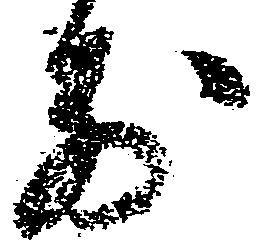
前